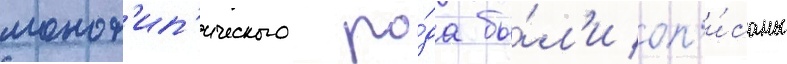
монот'ип'ического ро́да бы́л'и оп'и́саны